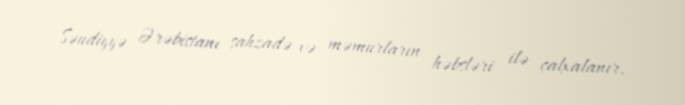
Səudiyyə Ərəbistanı şahzadə və məmurların həbsləri ilə çalxalanır.